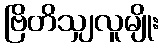
ဗြိတိသျှလူမျိုး